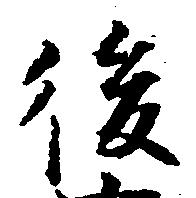
後